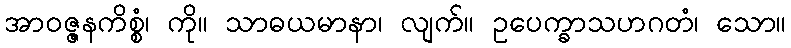
အာဝဇ္ဇနကိစ္စံ၊ ကို။ သာဓယမာနာ၊ လျက်။ ဥပေက္ခာသဟဂတံ၊ သော။